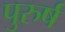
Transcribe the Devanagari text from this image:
पुरुर्ष